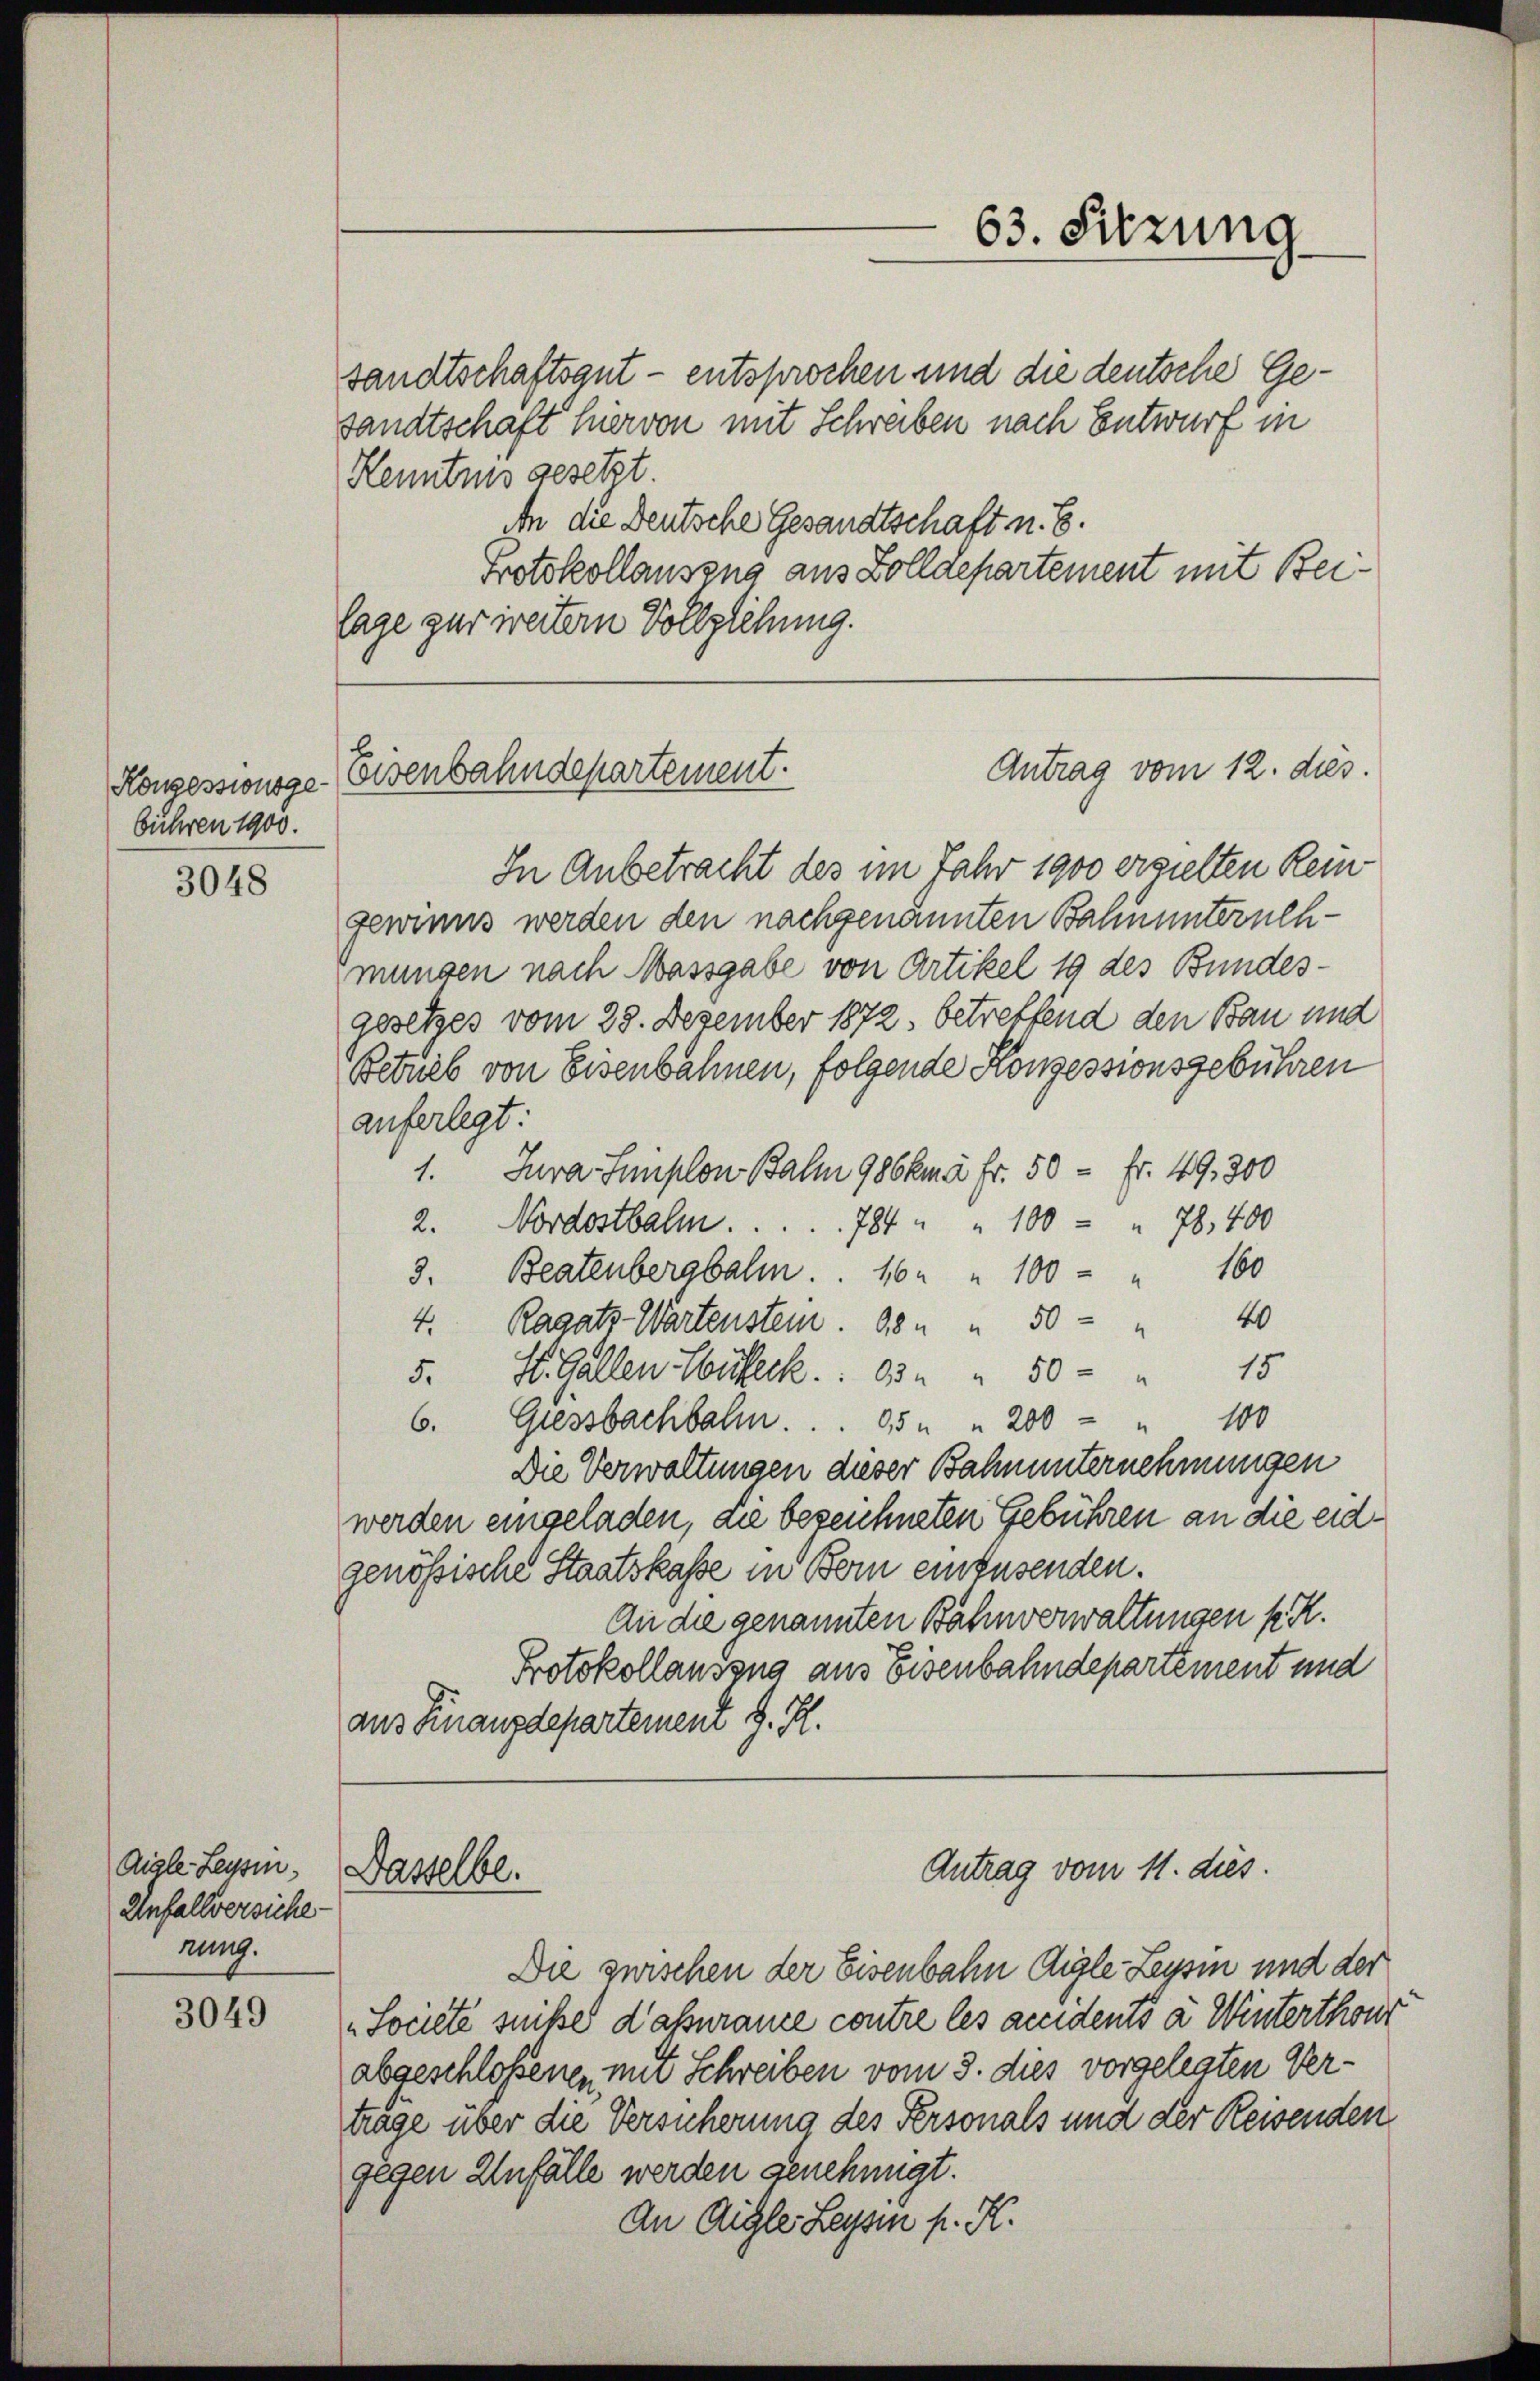
bühren 1900.

3048

Aigle Tessin,
Unfallversiche
rung.

3049

sandtschaftsgut - entsprochen und die deutsche Gesandtschaft hier von mit Schreiben nach Entwurf in
Kenntnis gesetzt
An die Deutsche Gesandtschaft u. B.
Protokollausend aus Zolldepartement mit Beilage zur weitern Vollziehung.

63. Sitzung

Antrag vom 12. dies
Konzessionsge-Eisenbahndepartement.

In Anbetracht des im Jahr 1900 ergielten Reingewinns werden den nachgenannten Bahnunternehmungen nach Massgabe von Artikel 19 des Bundes-
gesetzes vom 28. Dezember 1872 betreffend den Bau und
Betrieb von Eisenbahnen, folgende Konzessionsgebühren
auferlegt:
1. Jura Simplon Balm 986kmà Fr. 50 = Fr. 49, 300
2. Nordostbalm . . . . . . 784 " " 100 " 78,400
3. Beatenbergbahn . . 16 " " 100 " 160
4. Ragats-Wartenstein. 88 " " 50 - " 40
5. St. Gallen Hüfleck. . 634 " 50 - 15
6. Giessbachbal . . . 65 " " 200 " " 100
Die Verwaltungen dieser Bahnunternehmungen
werden eingeladen, die bezeichneten Gebühren an die eidgenössische Staatskasse in Bern einzusenden.
An die genannten Bahnverwaltungen k.
Protokollaussna aus Eisenbahndepartement und
aus Finanzdepartement J. R.

Dasselbe.

Die zwischen der Eisenbahn Aigle - Leysin und der
Societe suite d’assurance contre les accidents à Winterthour
abgeschlossenen mit Schreiben vom 3. dies vorgelegten Vertrage über die Versicherung des Personals und der Rewenden
gegen Anfälle werden genehmigt.
An Aigle Leys h. K.

Antrag vom 11. dies.